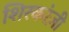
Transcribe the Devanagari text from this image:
शिरकांज़ी